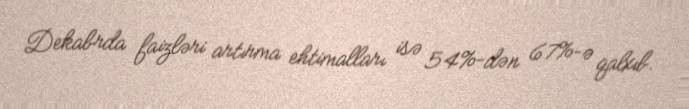
Dekabrda faizləri artırma ehtimalları isə 54%-dən 67%-ə qalxıb.